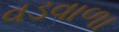
વડવાળા